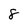
Character: 8